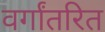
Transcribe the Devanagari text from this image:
वर्गांतरित